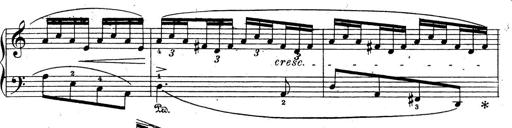
Title: 10 Sonatinas
Composer: Fritz Spindler